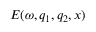
E ( \omega , q _ { 1 } , q _ { 2 } , x )